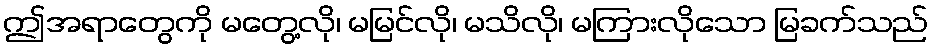
ဤအရာတွေကို မတွေ့လို၊ မမြင်လို၊ မသိလို၊ မကြားလိုသော မြခက်သည်